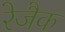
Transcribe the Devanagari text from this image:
रेजैक